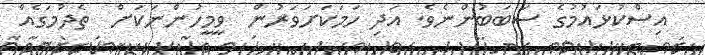
އިސްކުޅައުމުގެ ސަބަބުންނެވެ. އަދި ހަމަކަށަވަރުން  ވީމީހުންނަކަށް  ތެދުމަގެއް